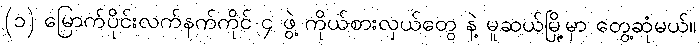
(၁) မြောက်ပိုင်းလက်နက်ကိုင် ၄ ဖွဲ့ ကိုယ်စားလှယ်တွေ နဲ့ မူဆယ်မြို့မှာ တွေ့ဆုံမယ်။